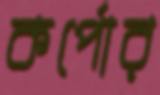
কর্পোর